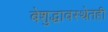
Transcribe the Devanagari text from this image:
बेशुद्धावस्थेतही